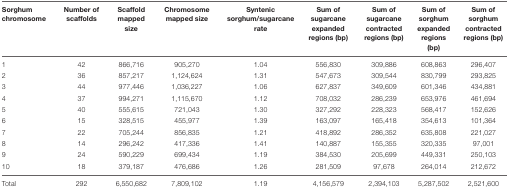
<table><thead><tr><td><b>Sorghum chromosome</b></td><td><b>Number of scaffolds</b></td><td><b>Scaffold mapped size</b></td><td><b>Chromosome mapped size</b></td><td><b>Syntenic sorghum/sugarcane rate</b></td><td><b>Sum of sugarcane expanded regions (bp)</b></td><td><b>Sum of sugarcane contracted regions (bp)</b></td><td><b>Sum of sorghum expanded regions (bp)</b></td><td><b>Sum of sorghum contracted regions (bp)</b></td></tr></thead><tbody><tr><td>1</td><td>42</td><td>866,716</td><td>905,270</td><td>1.04</td><td>556,830</td><td>309,886</td><td>608,863</td><td>296,407</td></tr><tr><td>2</td><td>36</td><td>857,217</td><td>1,124,624</td><td>1.31</td><td>547,673</td><td>309,544</td><td>830,799</td><td>293,825</td></tr><tr><td>3</td><td>44</td><td>977,446</td><td>1,036,227</td><td>1.06</td><td>627,837</td><td>349,609</td><td>601,346</td><td>434,881</td></tr><tr><td>4</td><td>37</td><td>994,271</td><td>1,115,670</td><td>1.12</td><td>708,032</td><td>286,239</td><td>653,976</td><td>461,694</td></tr><tr><td>5</td><td>40</td><td>555,615</td><td>721,043</td><td>1.30</td><td>327,292</td><td>228,323</td><td>568,417</td><td>152,626</td></tr><tr><td>6</td><td>15</td><td>328,515</td><td>455,977</td><td>1.39</td><td>163,097</td><td>165,418</td><td>354,613</td><td>101,364</td></tr><tr><td>7</td><td>22</td><td>705,244</td><td>856,835</td><td>1.21</td><td>418,892</td><td>286,352</td><td>635,808</td><td>221,027</td></tr><tr><td>8</td><td>14</td><td>296,242</td><td>417,336</td><td>1.41</td><td>140,887</td><td>155,355</td><td>320,335</td><td>97,001</td></tr><tr><td>9</td><td>24</td><td>590,229</td><td>699,434</td><td>1.19</td><td>384,530</td><td>205,699</td><td>449,331</td><td>250,103</td></tr><tr><td>10</td><td>18</td><td>379,187</td><td>476,686</td><td>1.26</td><td>281,509</td><td>97,678</td><td>264,014</td><td>212,672</td></tr><tr><td>Total</td><td>292</td><td>6,550,682</td><td>7,809,102</td><td>1.19</td><td>4,156,579</td><td>2,394,103</td><td>5,287,502</td><td>2,521,600</td></tr></tbody></table>